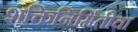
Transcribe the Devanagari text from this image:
शक्तिनिर्मितीचा